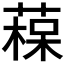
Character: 𦹂